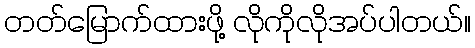
တတ်မြောက်ထားဖို့ လိုကိုလိုအပ်ပါတယ်။